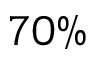
7 0 \%